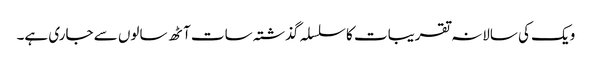
ویک کی سالانہ تقریبات کا سلسلہ گذشتہ سات آٹھ سالوں سے جاری ہے۔